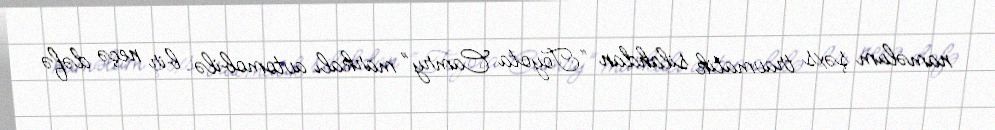
naməlum şəxs travmatik silahdan “Toyota Camry” markalı avtomobilə bir neçə dəfə